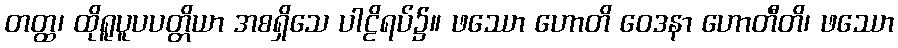
တတ္ထ၊ ထိုရူပူပပတ္တိယာ အစရှိသေ ပါဠိရပ်၌။ ဖဿော ဟောတိ ဝေဒနာ ဟောတီတိ၊ ဖဿော